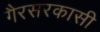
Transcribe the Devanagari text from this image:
गैरसरकासी